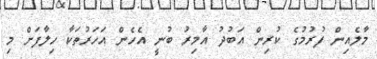
މާލެއިން ފުރުމުގެ ކުރިން އަބުދު އާމިރު ބުނީ އެހެން އަހަރުތަކާ ހިލާފަށް މި